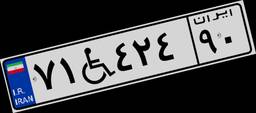
۹۰W۸۵۲۶۴